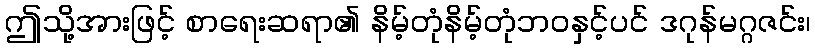
ဤသို့အားဖြင့် စာရေးဆရာ၏ နိမ့်တုံနိမ့်တုံဘဝနှင့်ပင် ဒဂုန်မဂ္ဂဇင်း၊